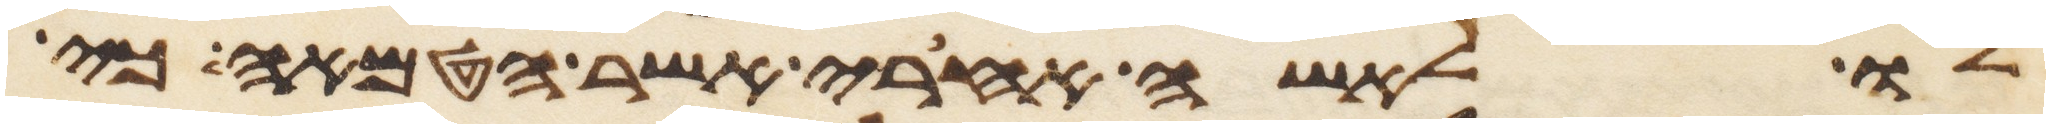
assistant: לו לאשה אחרי אשר הטמאה כי